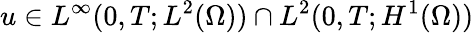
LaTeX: u\in L^{\infty}(0,T;L^{2}(\Omega))\cap L^{2}(0,T;H^{1}(\Omega))